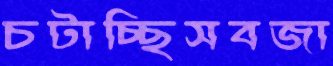
চটাচ্ছিসবজা